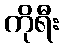
ကိုရီး